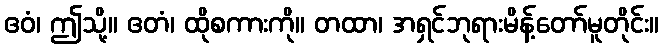
ဧဝံ၊ ဤသို့။ ဧတံ၊ ထိုစကားကို။ တထာ၊ အရှင်ဘုရားမိန့်တော်မူတိုင်း။